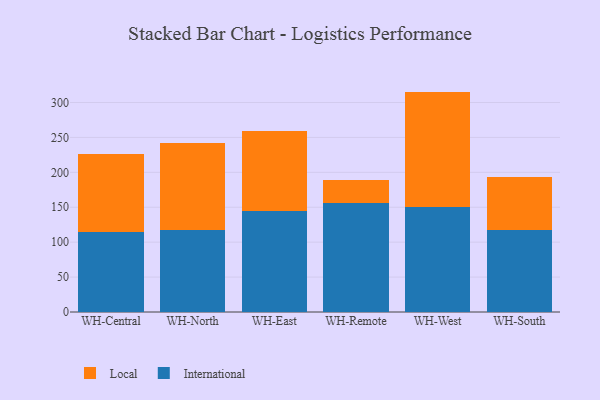
{"axis": {"x": "Warehouse", "y": "Budget (USD K)"}, "legend": ["International", "Local"], "data": [{"x": "WH-Central", "y": 114.8, "type": "International"}, {"x": "WH-Central", "y": 111.8, "type": "Local"}, {"x": "WH-North", "y": 117.5, "type": "International"}, {"x": "WH-North", "y": 123.9, "type": "Local"}, {"x": "WH-East", "y": 144.9, "type": "International"}, {"x": "WH-East", "y": 115.0, "type": "Local"}, {"x": "WH-Remote", "y": 156.2, "type": "International"}, {"x": "WH-Remote", "y": 32.4, "type": "Local"}, {"x": "WH-West", "y": 150.5, "type": "International"}, {"x": "WH-West", "y": 165.1, "type": "Local"}, {"x": "WH-South", "y": 118.1, "type": "International"}, {"x": "WH-South", "y": 75.4, "type": "Local"}]}